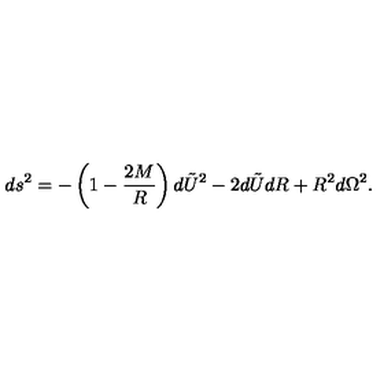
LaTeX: d s ^ { 2 } = - \left( 1 - \frac { 2 M } { R } \right) d \tilde { U } ^ { 2 } - 2 d \tilde { U } d R + R ^ { 2 } d \Omega ^ { 2 } .